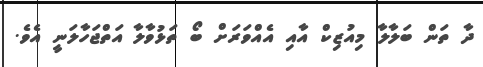
ދާ ތަން ބަލާލާ މިއުޒިކް އާއި އެއްވަރަށް ބޯ ތަޅުވާލާ އަތްޖަހާލަނީ އެވެ.